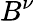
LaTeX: B^{\nu}